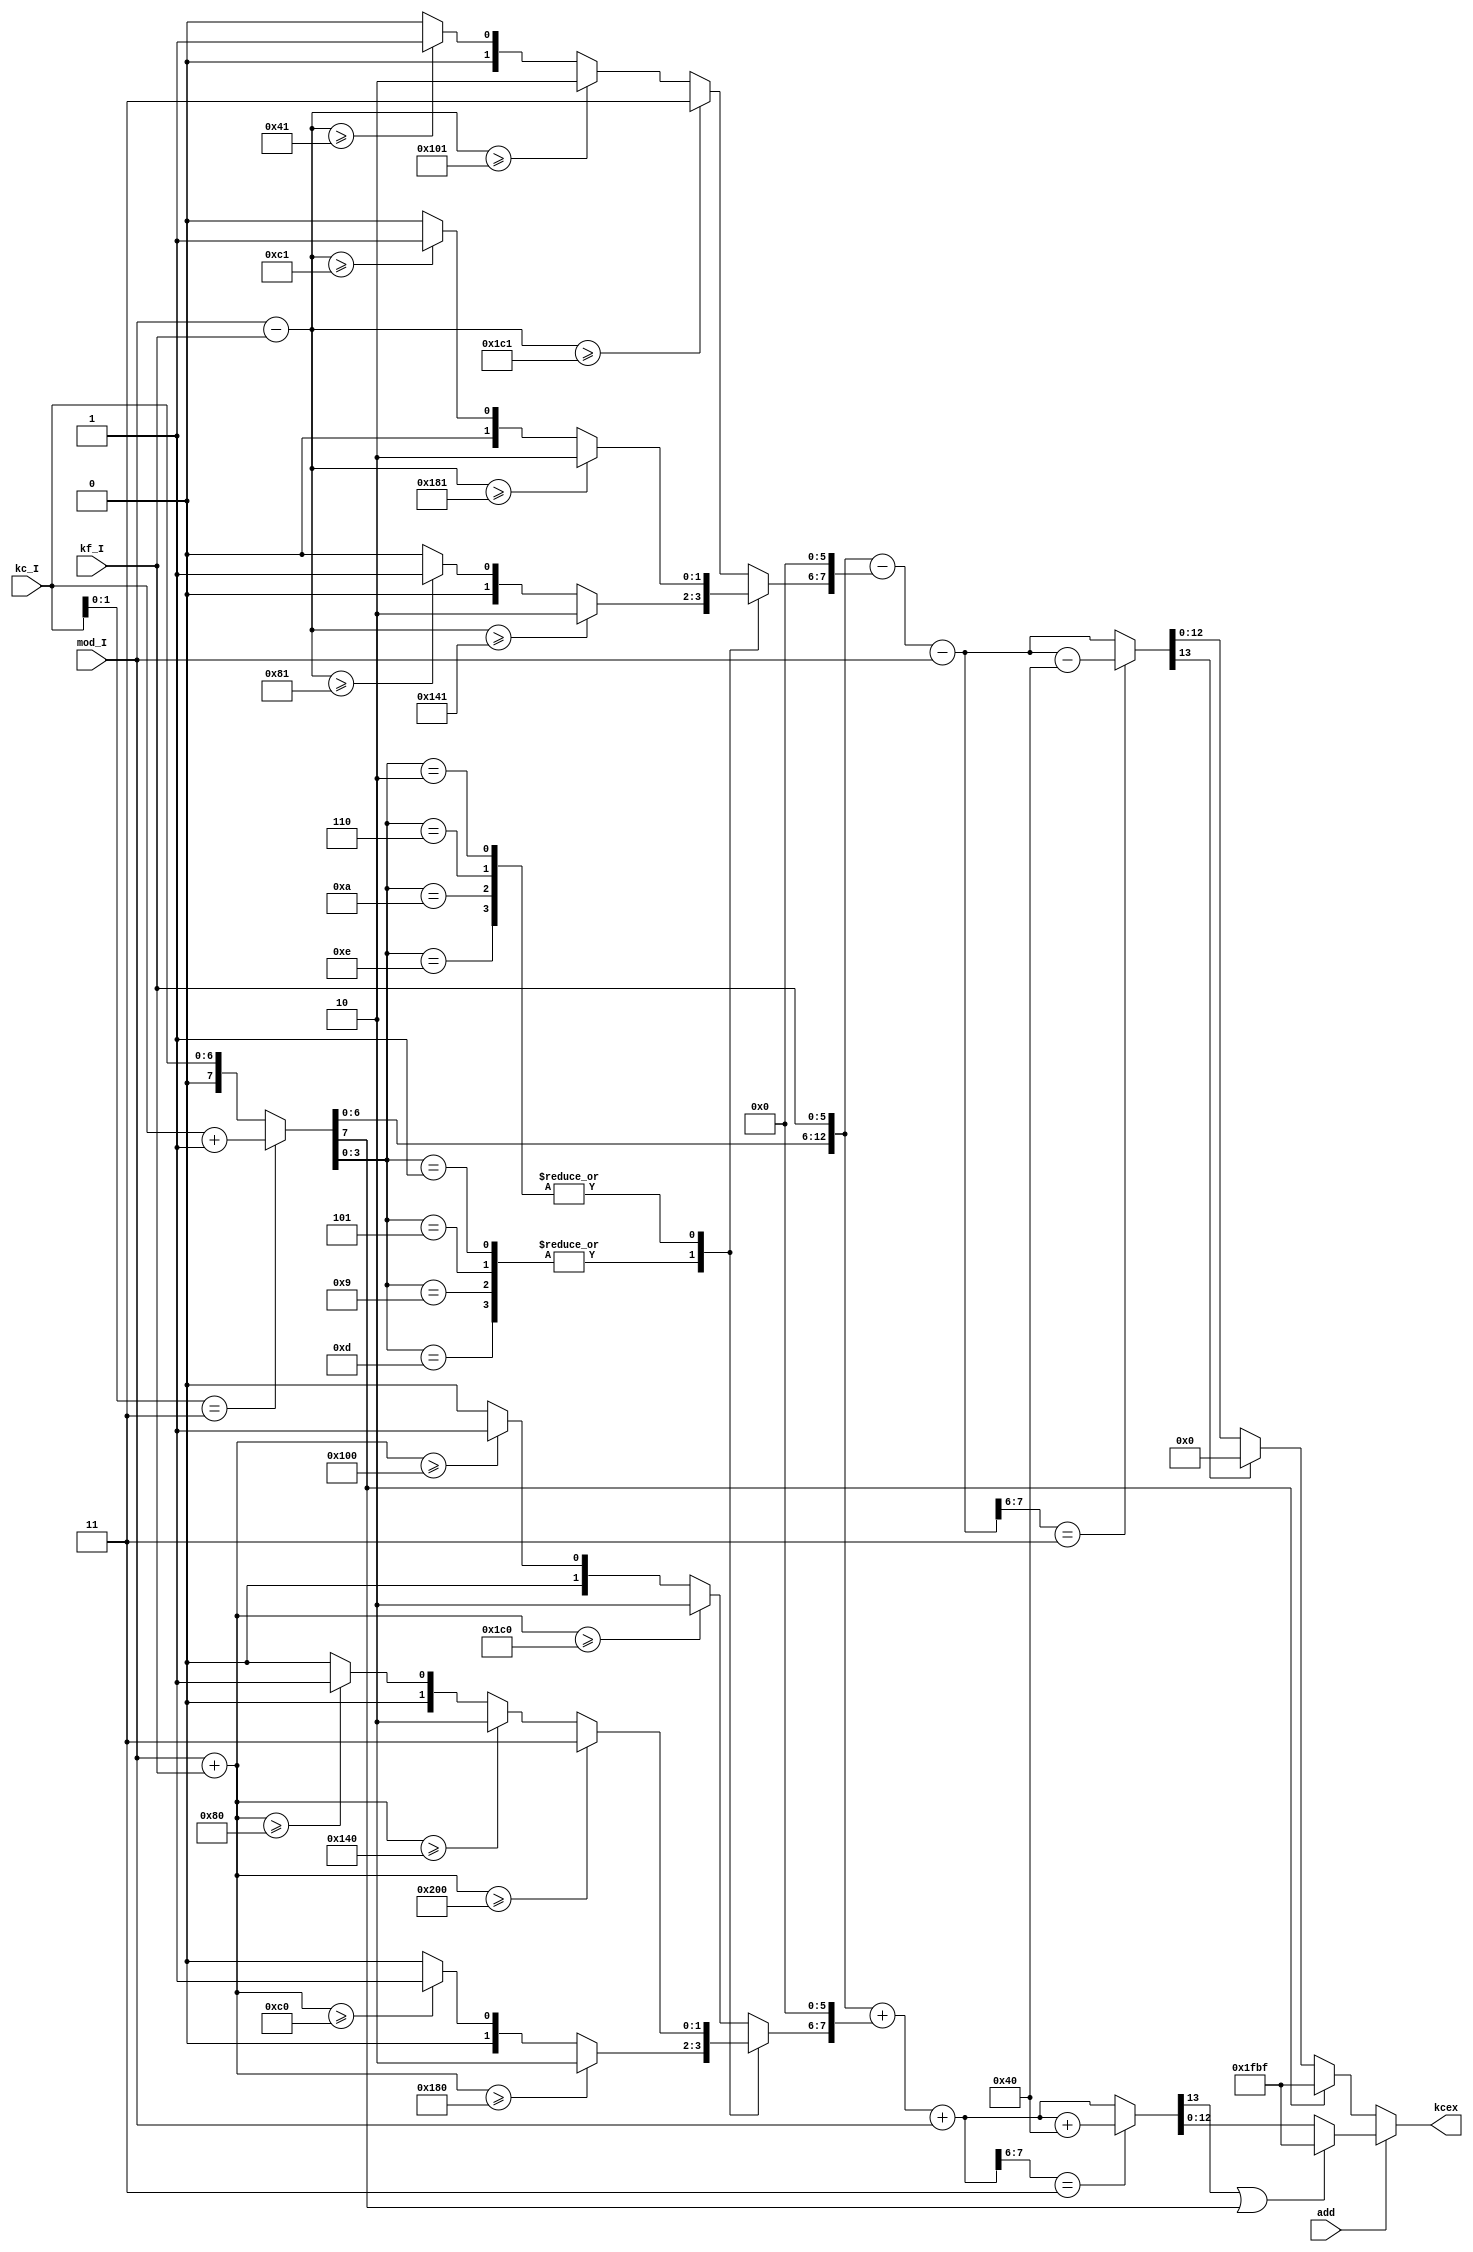
// This program was cloned from: https://github.com/atrac17/Toaplan2
// License: GNU General Public License v3.0

/*  This file is part of JT51.

    JT51 is free software: you can redistribute it and/or modify
    it under the terms of the GNU General Public License as published by
    the Free Software Foundation, either version 3 of the License, or
    (at your option) any later version.

    JT51 is distributed in the hope that it will be useful,
    but WITHOUT ANY WARRANTY; without even the implied warranty of
    MERCHANTABILITY or FITNESS FOR A PARTICULAR PURPOSE.  See the
    GNU General Public License for more details.

    You should have received a copy of the GNU General Public License
    along with JT51.  If not, see <http://www.gnu.org/licenses/>.

    Author: Jose Tejada Gomez. Twitter: @topapate
    Version: 1.0
    Date: 27-10-2016
    */


module jt51_pm(
    input      [ 6:0] kc_I,
    input      [ 5:0] kf_I,
    input      [ 8:0] mod_I,
    input             add,
    output reg [12:0] kcex
);

reg [ 9:0] lim;
reg [13:0] kcex0, kcex1;
reg [ 1:0] extra;

reg [ 6:0] kcin;
reg        carry;

always @(*) begin: kc_input_cleaner
    { carry, kcin } = kc_I[1:0]==2'd3 ? { 1'b0, kc_I } + 8'd1 : {1'b0,kc_I};
end

always @(*) begin : addition
    lim = { 1'd0, mod_I } +  { 4'd0, kf_I };
    case( kcin[3:0] )
        default:
            if( lim>=10'd448 ) extra = 2'd2;
            else if( lim>=10'd256 ) extra = 2'd1;
            else extra = 2'd0;
         4'd1,4'd5,4'd9,4'd13:
            if( lim>=10'd384 ) extra = 2'd2;
            else if( lim>=10'd192 ) extra = 2'd1;
            else extra = 2'd0;
         4'd2,4'd6,4'd10,4'd14:
            if( lim>=10'd512 ) extra = 2'd3;
            else if( lim>=10'd320 ) extra = 2'd2;
            else if( lim>=10'd128 ) extra = 2'd1;
            else extra = 2'd0;
    endcase
    kcex0 = {1'b0,kcin,kf_I} + { 6'd0, extra, 6'd0 } + { 5'd0, mod_I };
    kcex1 = kcex0[7:6]==2'd3 ? kcex0 + 14'd64 : kcex0;
end

reg signed [ 9:0] slim;
reg        [ 1:0] sextra;
reg        [13:0] skcex0, skcex1;

always @(*) begin : subtraction
    slim = { 1'd0, mod_I } - { 4'd0, kf_I };
    case( kcin[3:0] )
        default:
            if( slim>=10'sd449 ) sextra = 2'd3;
            else if( slim>=10'sd257 ) sextra = 2'd2;
            else if( slim>=10'sd65 ) sextra = 2'd1;
            else sextra = 2'd0;
         4'd1,4'd5,4'd9,4'd13:
            if( slim>=10'sd321 ) sextra = 2'd2;
            else if( slim>=10'sd129 ) sextra = 2'd1;
            else sextra = 2'd0;
         4'd2,4'd6,4'd10,4'd14:
            if( slim>=10'sd385 ) sextra = 2'd2;
            else if( slim>=10'sd193 ) sextra = 2'd1;
            else sextra = 2'd0;
    endcase
    skcex0 = {1'b0,kcin,kf_I} - { 6'd0, sextra, 6'd0 } - { 5'd0, mod_I };
    skcex1 = skcex0[7:6]==2'd3 ? skcex0 - 14'd64 : skcex0;
end

always @(*) begin : mux
    if ( add )
        kcex = kcex1[13] | carry ? {3'd7, 4'd14, 6'd63} : kcex1[12:0];
    else
        kcex = carry ? {3'd7, 4'd14, 6'd63} : (skcex1[13] ? 13'd0 : skcex1[12:0]);
end

endmodule